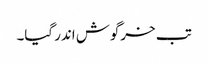
تب خرگوش اندر گیا۔